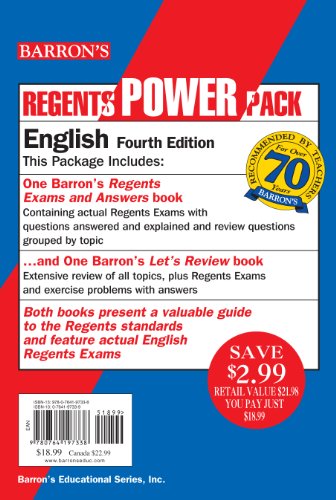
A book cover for English Power Pack (Regents Power Packs); Carol Chaitkin  M.S.; Test Preparation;